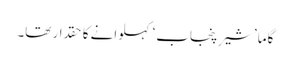
گاما ’شیرِ پنجاب‘ کہلوانے کا حقدار تھا۔